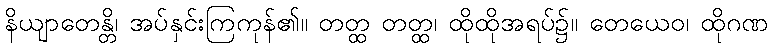
နိယျာတေန္တိ၊ အပ်နှင်းကြကုန်၏။ တတ္ထ တတ္ထ၊ ထိုထိုအရပ်၌။ တေယေဝ၊ ထိုဂဏ